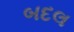
બદલ